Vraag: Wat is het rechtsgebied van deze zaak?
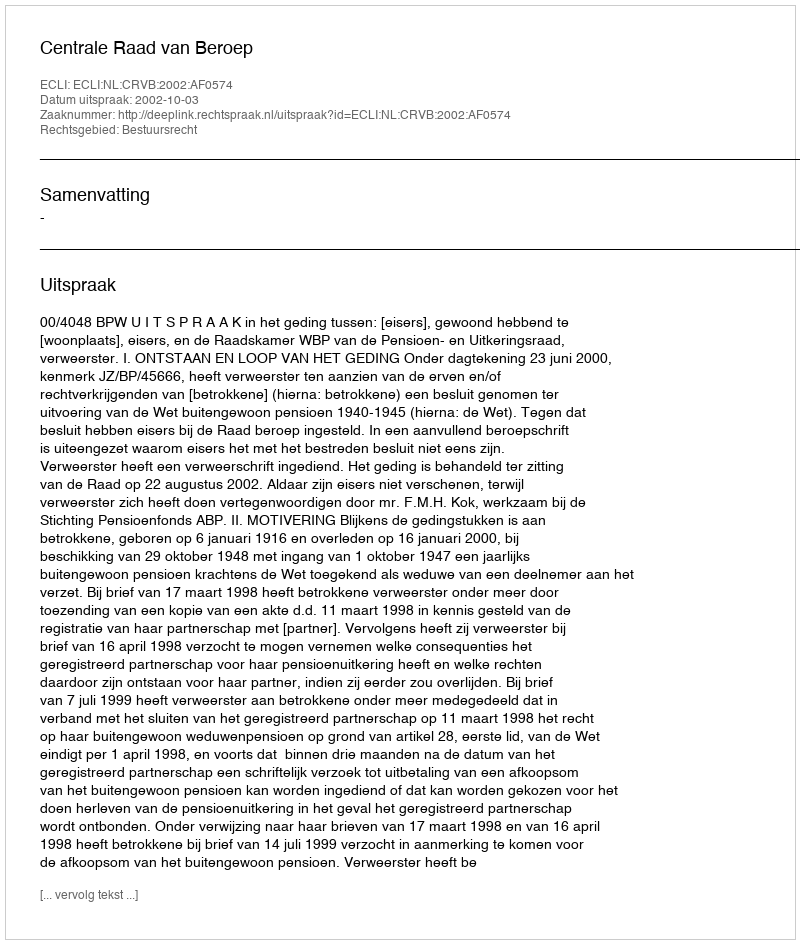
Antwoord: Bestuursrecht